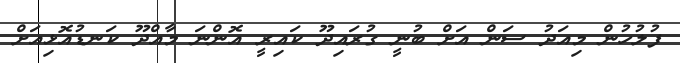
ފުލުހުން މިއަދު ސަން އަށް ބުނީ ގުރައިދޫ ކައިރީ އޮންނަ މާއްދޫ ކަނޑުއޮޅިއަށް